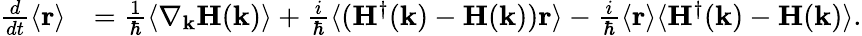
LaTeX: \begin{array}{rl}{\frac{d}{dt}\langle\mathbf{r}\rangle}&{=\frac{1}{\hbar}\langle\nabla_{\mathbf{k}}\mathbf{H}(\mathbf{k})\rangle+\frac{i}{\hbar}\langle(\mathbf{H}^{\dagger}(\mathbf{k})-\mathbf{H}(\mathbf{k}))\mathbf{r}\rangle-\frac{i}{\hbar}\langle\mathbf{r}\rangle\langle\mathbf{H}^{\dagger}(\mathbf{k})-\mathbf{H}(\mathbf{k})\rangle.}\end{array}